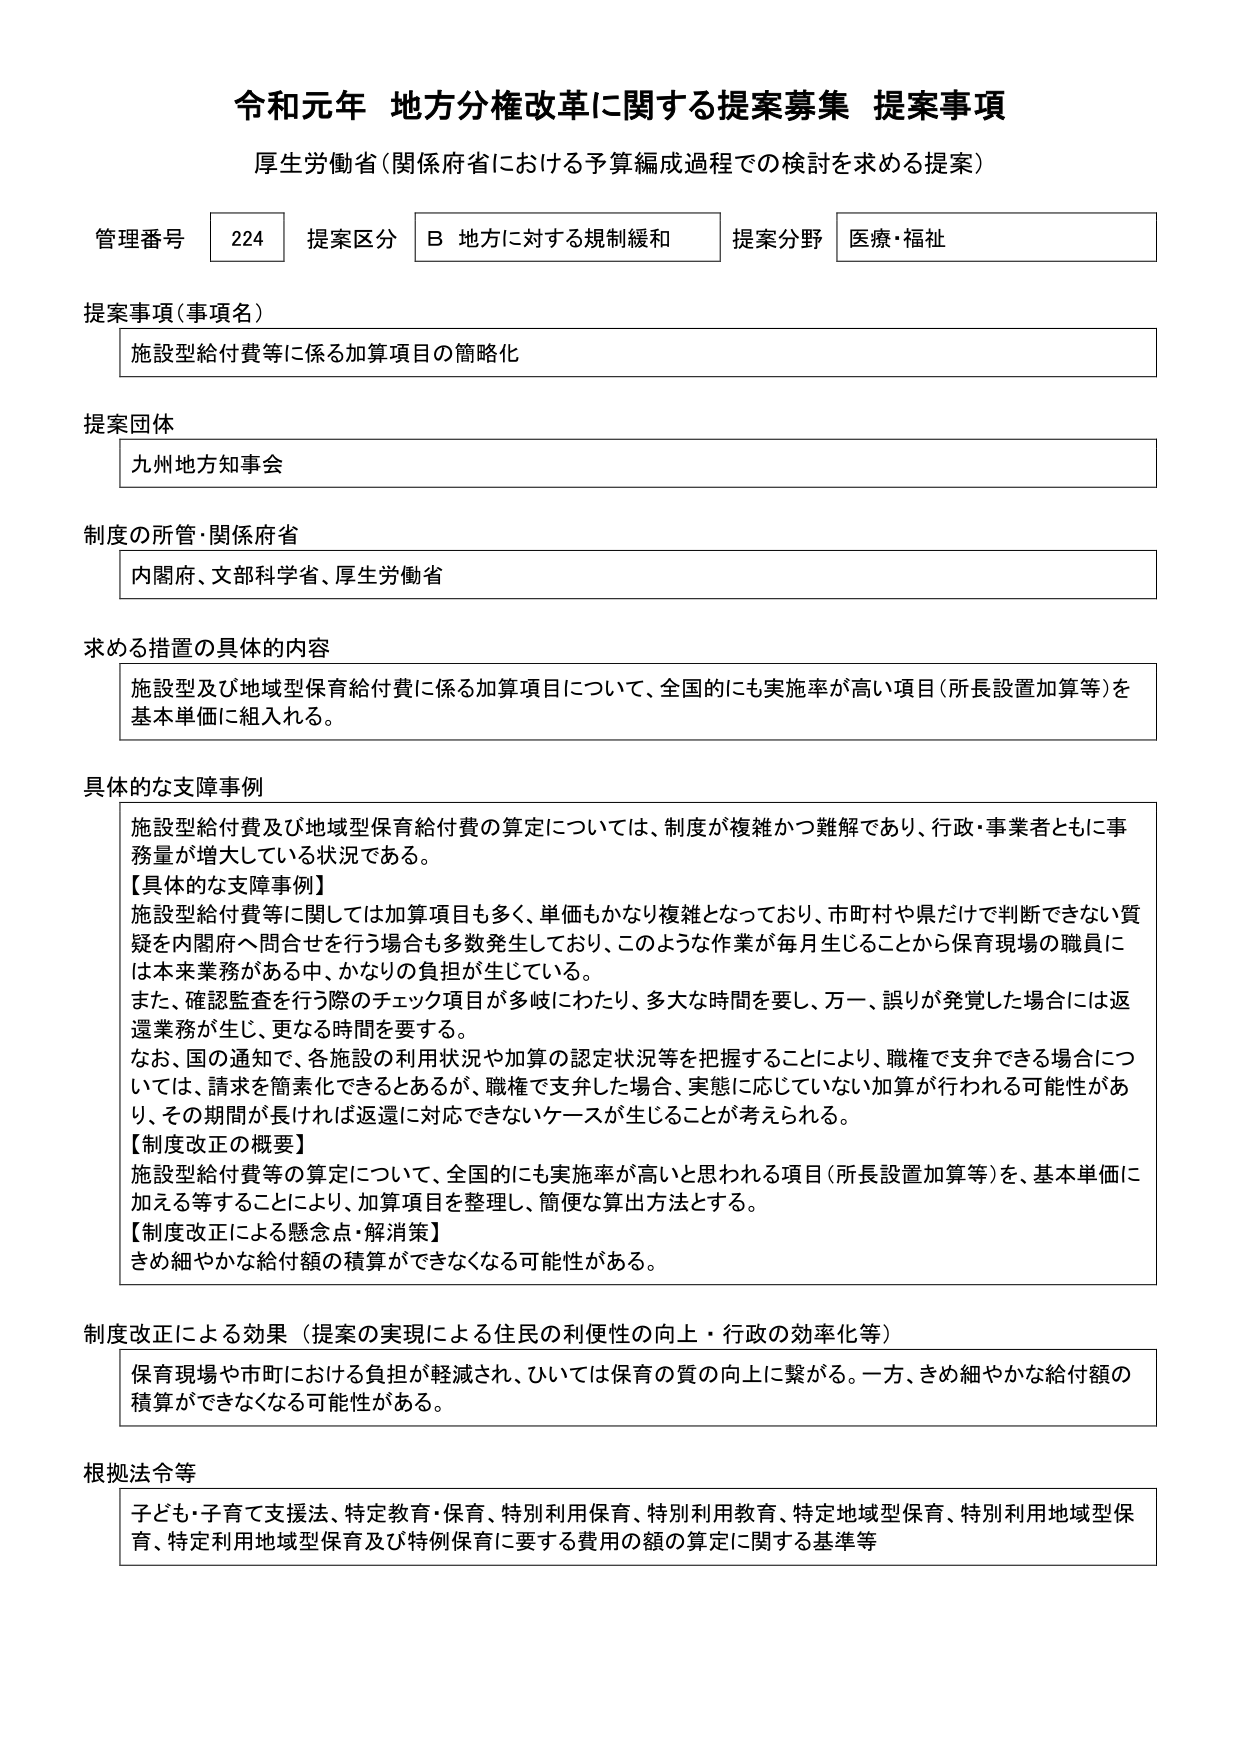
令和元年 地方分権改革に関する提案募集 提案事項
厚生労働省（関係府省における予算編成過程での検討を求める提案）

管理番号 224 提案区分 B 地方に対する規制緩和 提案分野 医療・福祉

提案事項（事項名）
施設型給付費等に係る加算項目の簡略化

提案団体
九州地方知事会

制度の所管・関係府省
内閣府、文部科学省、厚生労働省

求める措置の具体的内容
施設型及び地域型保育給付費に係る加算項目について、全国的にも実施率が高い項目（所長設置加算等）を基本単価に組入れる。

具体的な支障事例
施設型給付費及び地域型保育給付費の算定については、制度が複雑かつ難解であり、行政・事業者ともに事務量が増大している状況である。
【具体的な支障事例】
施設型給付費等に関しては加算項目も多く、単価もかなり複雑となっており、市町村や県だけで判断できない質疑を内閣府へ問合せを行う場合も多数発生しており、このような作業が毎月生じることから保育現場の職員には本来業務がある中、かなりの負担が生じている。
また、確認監査を行う際のチェック項目が多岐にわたり、多大な時間を要し、万一、誤りが発覚した場合には返還業務が生じ、更なる時間を要する。
なお、国の通知で、各施設の利用状況や加算の認定状況等を把握することにより、職権で支弁できる場合については、請求を簡素化できるとあるが、職権で支弁した場合、実態に応じていない加算が行われる可能性があり、その期間が長ければ返還に対応できないケースが生じることが考えられる。
【制度改正の概要】
施設型給付費等の算定について、全国的にも実施率が高いと思われる項目（所長設置加算等）を、基本単価に加える等することにより、加算項目を整理し、簡便な算出方法とする。
【制度改正による懸念点・解消策】
きめ細やかな給付額の積算ができなくなる可能性がある。

制度改正による効果（提案の実現による住民の利便性の向上・行政の効率化等）
保育現場や市町における負担が軽減され、ひいては保育の質の向上に繋がる。一方、きめ細やかな給付額の積算ができなくなる可能性がある。

根拠法令等
子ども・子育て支援法、特定教育・保育、特別利用保育、特別利用教育、特定地域型保育、特別利用地域型保育、特定利用地域型保育及び特例保育に要する費用の額の算定に関する基準等